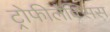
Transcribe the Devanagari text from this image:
ट्रोफीलैक्सिस